Hæmogregarina gerbilli - Number 18
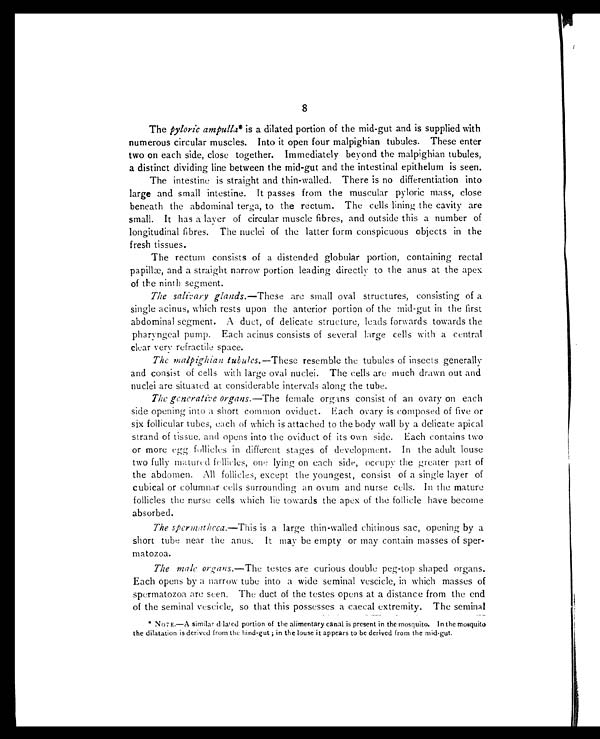
8
The pyloric ampulla* is a dilated portion of the mid-gut and is supplied with
numerous circular muscles. Into it open four malpighian tubules. These enter
two on each side, close together. Immediately beyond the malpighian tubules,
a distinct dividing line between the mid-gut and the intestinal epithelum is seen.
The intestine is straight and thin-walled. There is no differentiation into
large and small intestine. It passes from the muscular pyloric mass, close
beneath the abdominal terga, to the rectum. The cells lining the cavity are
small. It has a layer of circular muscle fibres, and outside this a number of
longitudinal fibres. The nuclei of the latter form conspicuous objects in the
fresh tissues.
The rectum consists of a distended globular portion, containing rectal
papillæ, and a straight narrow portion leading directly to the anus at the apex
of the ninth segment.
The salivary glands. —These are small oval structures, consisting of a
single acinus, which rests upon the anterior portion of the mid-gut in the first
abdominal segment. A duct, of delicate structure, leads forwards towards the
pharyngeal pump. Each acinus consists of several large cells with a central
clear very refractile space.
The malpighian tubules. —These resemble the tubules of insects generally
and consist of cells with large oval nuclei. The cells are much drawn out and
nuclei are situated at considerable intervals along the tube.
The generative organs. —The female organs consist of an ovary on each
side opening into a short common oviduct. Each ovary is composed of five or
six follicular tubes, each of which is attached to the body wall by a delicate apical
strand of tissue, and opens into the oviduct of its own side. Each contains two
or more egg follicles in different stages of development. In the adult louse
two fully matured fellicles, one lying on each side, occupy the greater part of
the abdomen. All follicles, except the youngest, consist of a single layer of
cubical or columnar cells surrounding an ovum and nurse cells. In the mature
follicles the nurse cells which lie towards the apex of the follicle have become
absorbed.
The spermatheca. —This is a large thin-walled chitinous sac, opening by a
short tube near the anus. It may be empty or may contain masses of sper-
matozoa.
The male organs. —The testes are curious double peg-top shaped organs.
Each opens by a narrow tube into a wide seminal vescicle, in which masses of
spermatozoa are seen. The duct of the testes opens at a distance from the end
of the seminal vescicle, so that this possesses a caecal extremity. The seminal
* NOT E.—A similar dilated portion of the alimentary canal is present in the mosquito. In the mosquito
the dilatation is derived from the hind-gut ; in the louse it appears to be derived from the mid-gut.